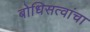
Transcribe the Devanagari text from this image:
बोधिसत्वांचा